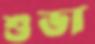
শুভা